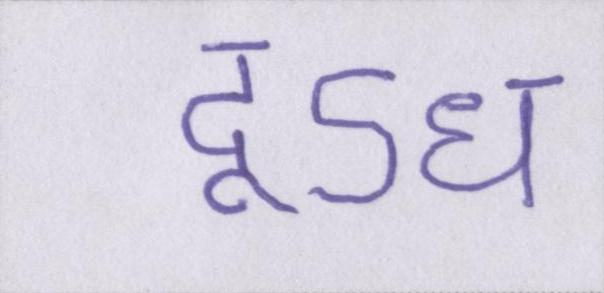
दूऽध